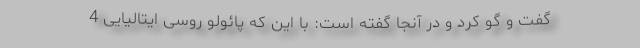
گفت و گو کرد و در آنجا گفته است: با این که پائولو روسی ایتالیایی 4